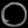
Digit: ၀